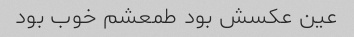
عین عکسش بود طمعشم خوب بود